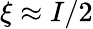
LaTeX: \xi\approx I/2